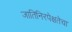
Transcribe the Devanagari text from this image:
जातिनिरपेक्षतेचा